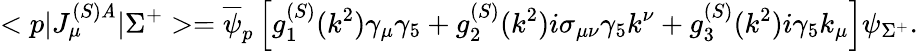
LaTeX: <p|J_{\mu}^{(S)\mathit{A}}|\Sigma^{+}>=\overline{{{\psi}}}_{p}\left[g_{1}^{(S)}(k^{2})\gamma_{\mu}\gamma_{5}+g_{2}^{(S)}(k^{2})i\sigma_{\mu\nu}\gamma_{5}k^{\nu}+g_{3}^{(S)}(k^{2})i\gamma_{5}k_{\mu}\right]\psi_{\Sigma^{+}}.